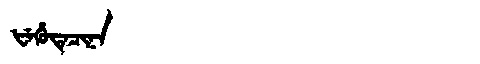
Manchu: ᡶᡝᡥᡠᡨᡝᠴᡳᠨᠠ
Romanization: FEHUTECINA